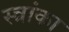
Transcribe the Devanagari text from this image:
स्त्रांका